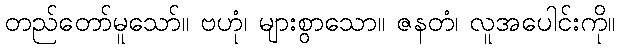
တည်တော်မူသော်။ ဗဟုံ၊ များစွာသော။ ဇနတံ၊ လူအပေါင်းကို။